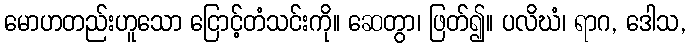
မောဟတည်းဟူသော ငြောင့်တံသင်းကို။ ဆေတွာ၊ ဖြတ်၍။ ပလိဃံ၊ ရာဂ, ဒေါသ,